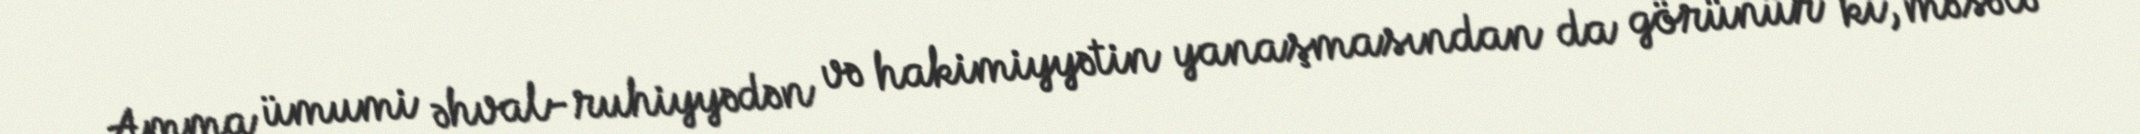
Amma ümumi əhval-ruhiyyədən və hakimiyyətin yanaşmasından da görünür ki, məsələ